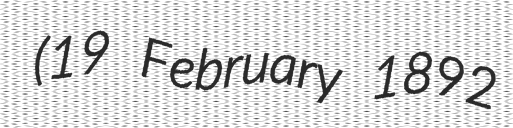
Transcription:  (19 February 1892